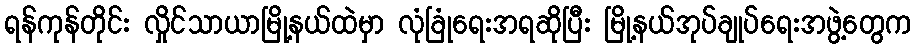
ရန်ကုန်တိုင်း လှိုင်သာယာမြို့နယ်ထဲမှာ လုံခြုံရေးအရဆိုပြီး မြို့နယ်အုပ်ချုပ်ရေးအဖွဲ့တွေက